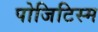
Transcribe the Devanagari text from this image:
पोजिटिस्म